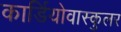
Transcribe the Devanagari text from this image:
कार्डियोवास्कुलर